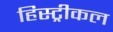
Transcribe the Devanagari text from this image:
हिस्ट्रीकल